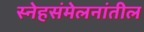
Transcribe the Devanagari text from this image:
स्नेहसंमेलनांतील